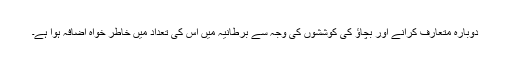
دوبارہ متعارف کرانے اور بچاؤ کی کوششوں کی وجہ سے برطانیہ میں اس کی تعداد میں خاطر خواہ اضافہ ہوا ہے۔